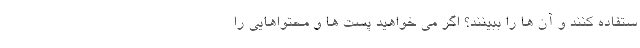
ستفاده کنند و آن ها را ببینند؟ اگر می خواهید پست ها و محتواهایی را